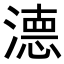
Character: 𭲖